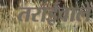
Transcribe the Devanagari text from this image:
तराईवाले